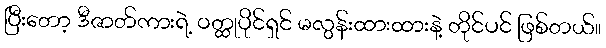
ပြီးတော့ ဒီဇာတ်ကားရဲ့ ဝတ္ထုပိုင်ရှင် မလွန်းထားထားနဲ့ တိုင်ပင် ဖြစ်တယ်။